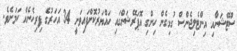
ސްޓޭޝަނާއި އިންޓެލިޖެންސް ގުޅިގެން ހިންގި އޮޕަރޭޝަންގައި ހައްޔަރުކޮށްފައިވަނީ 34 އަހަރުގެ ފިރިހެނެއް ކަމަށެވެ.